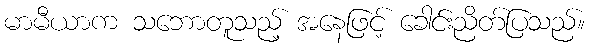
မာမီယာက သဘောတူသည့် အနေဖြင့် ခေါင်းညိတ်ပြသည်။